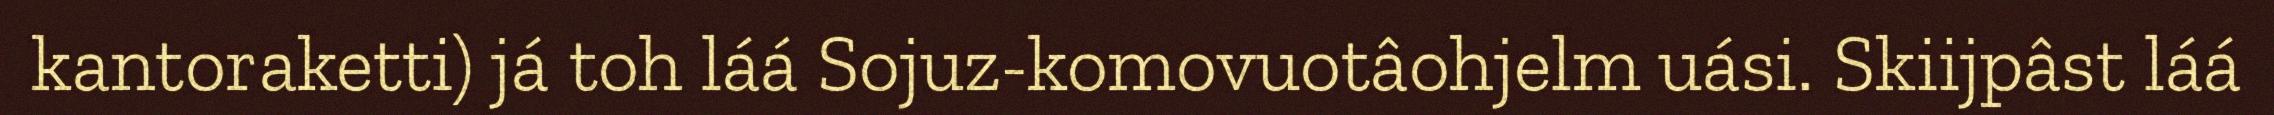
kantoraketti) já toh láá Sojuz-komovuotâohjelm uási. Skiijpâst láá